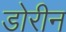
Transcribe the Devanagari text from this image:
डोरीन